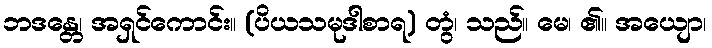
ဘဒန္တေ၊ အရှင်ကောင်း။ (ပိယသမုဒါစာရ) တွံ၊ သည်။ မေ၊ ၏။ အယျော၊